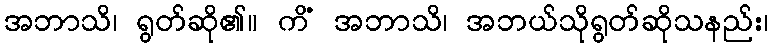
အဘာသိ၊ ရွတ်ဆို၏။ ကိံ အဘာသိ၊ အဘယ်သိုရွတ်ဆိုသနည်း၊